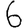
Digit: 6